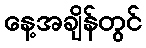
နေ့အချိန်တွင်